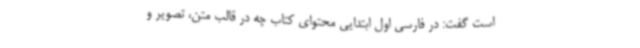
است گفت: در فارسی اول ابتدایی محتوای کتاب چه در قالب متن، تصویر و